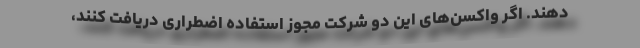
دهند. اگر واکسن‌های این دو شرکت مجوز استفاده اضطراری دریافت کنند،